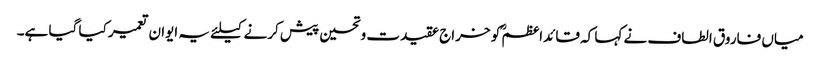
میاں فاروق الطاف نے کہا کہ قائداعظمؒ کو خراج عقیدت وتحسین پیش کرنے کیلئے یہ ایوان تعمیر کیا گیا ہے۔